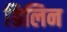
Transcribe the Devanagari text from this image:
ग्रिलिन